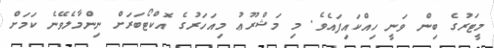
މީޓަރުގެ ބިން ވަނީ ހިއްކައިފައެވެ. މި މަޝްރޫޢު މިއަހަރުގެ އޮކްޓޯބަރަށް ނިންމާލެވޭނެ ކަމަށް